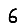
Digit: 6